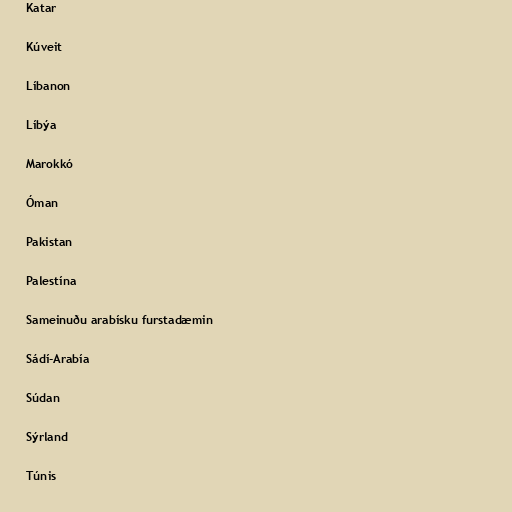
Katar

Kúveit

Líbanon

Líbýa

Marokkó

Óman

Pakistan

Palestína

Sameinuðu arabísku furstadæmin

Sádí-Arabía

Súdan

Sýrland

Túnis